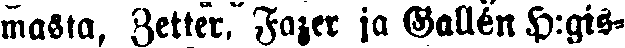
masta, Zetter, Fazer ja Gallén H:gis-